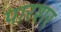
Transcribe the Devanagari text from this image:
पारशर